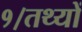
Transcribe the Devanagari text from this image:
१।तथ्यों